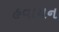
હવાયન